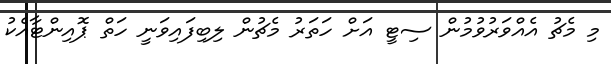
މި މެޗު އެއްވަރުވުމުން ސިޓީ އަށް ހަތަރު މެޗުން ލިބިފައިވަނީ ހަތް ޕޮއިންޓާއެކު